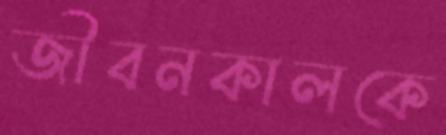
জীবনকালকে